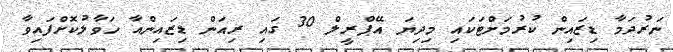
ނަރުދަމާ ޑިޒައިން ކުރުމަށްޓަކައި މިދިޔަ އޭޕްރީލް 30 ގައި ރިއަން ޑިޒައިންއާ ހަވާލުކޮށްފައިވާ